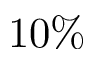
1 0 \%